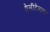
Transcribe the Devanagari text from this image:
ऐसीटेमाइड